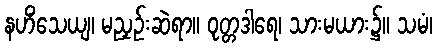
နဟိံသေယျ၊ မညှဉ်းဆဲရာ။ ဝုတ္တဒါရေ၊ သားမယား၌။ သမံ၊